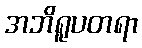
အဘိရူပတရာ